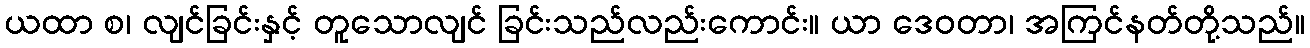
ယထာ စ၊ လျင်ခြင်းနှင့် တူသောလျင် ခြင်းသည်လည်းကောင်း။ ယာ ဒေဝတာ၊ အကြင်နတ်တို့သည်။